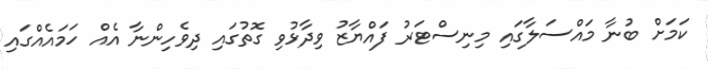
ކަމަށް ބުނާ މައްސަލާގައި މިނިސްޓަރު ފައްޔާޒު ވިދާޅުވި ގޮތުގައި ދިވެހިންނާ އެއް ހަމައެއްގައި